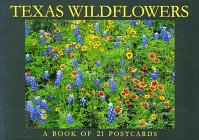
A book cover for Texas Wildflowers: A Book of 21 Postcards; Browntrout Publishers; Crafts, Hobbies & Home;